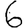
Digit: 6